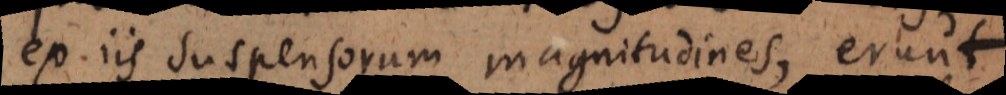
ex iis suspensorum magnitudines, erunt